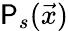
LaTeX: \mathsf{P}_{s}(\vec{{x}})